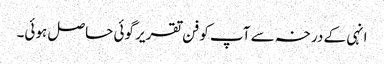
انہی کے درخہ سے آپ کو فن تقریر گوئی حاصل ہوئی۔